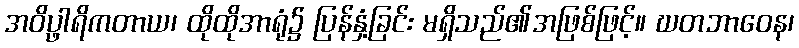
အဝိပ္ဖာရိကတာယ၊ ထိုထိုအာရုံ၌ ပြန်နှံ့ခြင်း မရှိသည်၏အဖြစ်ဖြင့်။ ဃတဘာဝေန၊